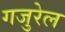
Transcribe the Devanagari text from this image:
गजुरेल